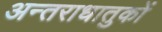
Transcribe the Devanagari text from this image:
अन्तराधातुकों